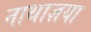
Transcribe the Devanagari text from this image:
नाथाज्ञया